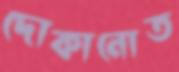
দোকানোত